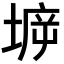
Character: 𡍩